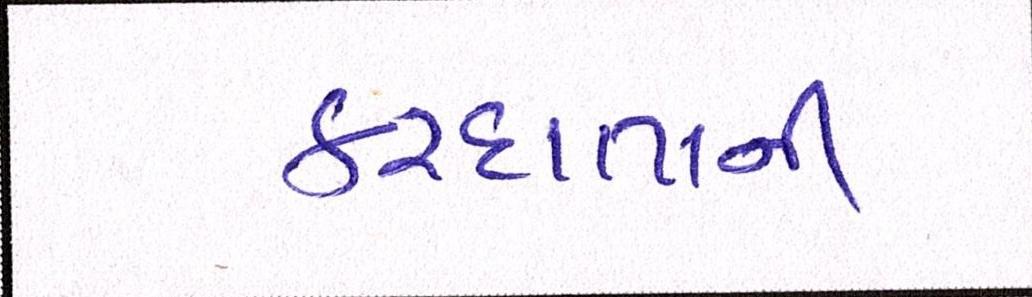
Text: કરદાતાની